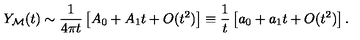
Y _ { \cal M } ( t ) \sim { \frac { 1 } { 4 \pi t } } \left[ A _ { 0 } + A _ { 1 } t + O ( t ^ { 2 } ) \right] \equiv { \frac { 1 } { t } } \left[ a _ { 0 } + a _ { 1 } t + O ( t ^ { 2 } ) \right] .